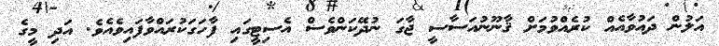
އަލުން ދައުވާއެއް ކުރެއްވުމަށް ޤާނޫނުއަސާސީ ޖާގަ ނުދޭކަންވެސް އެސިޓީގައި ފާހަގަކުރައްވާފައިވެއެވެ. އަދި މީގެ